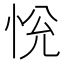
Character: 恱